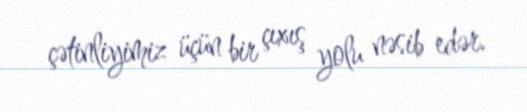
çətinliyimiz üçün bir çıxış yolu nəsib edər.